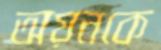
অয়নকে